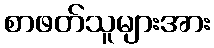
စာဖတ်သူများအား